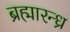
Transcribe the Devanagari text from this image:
ब्रह्मारन्ध्र